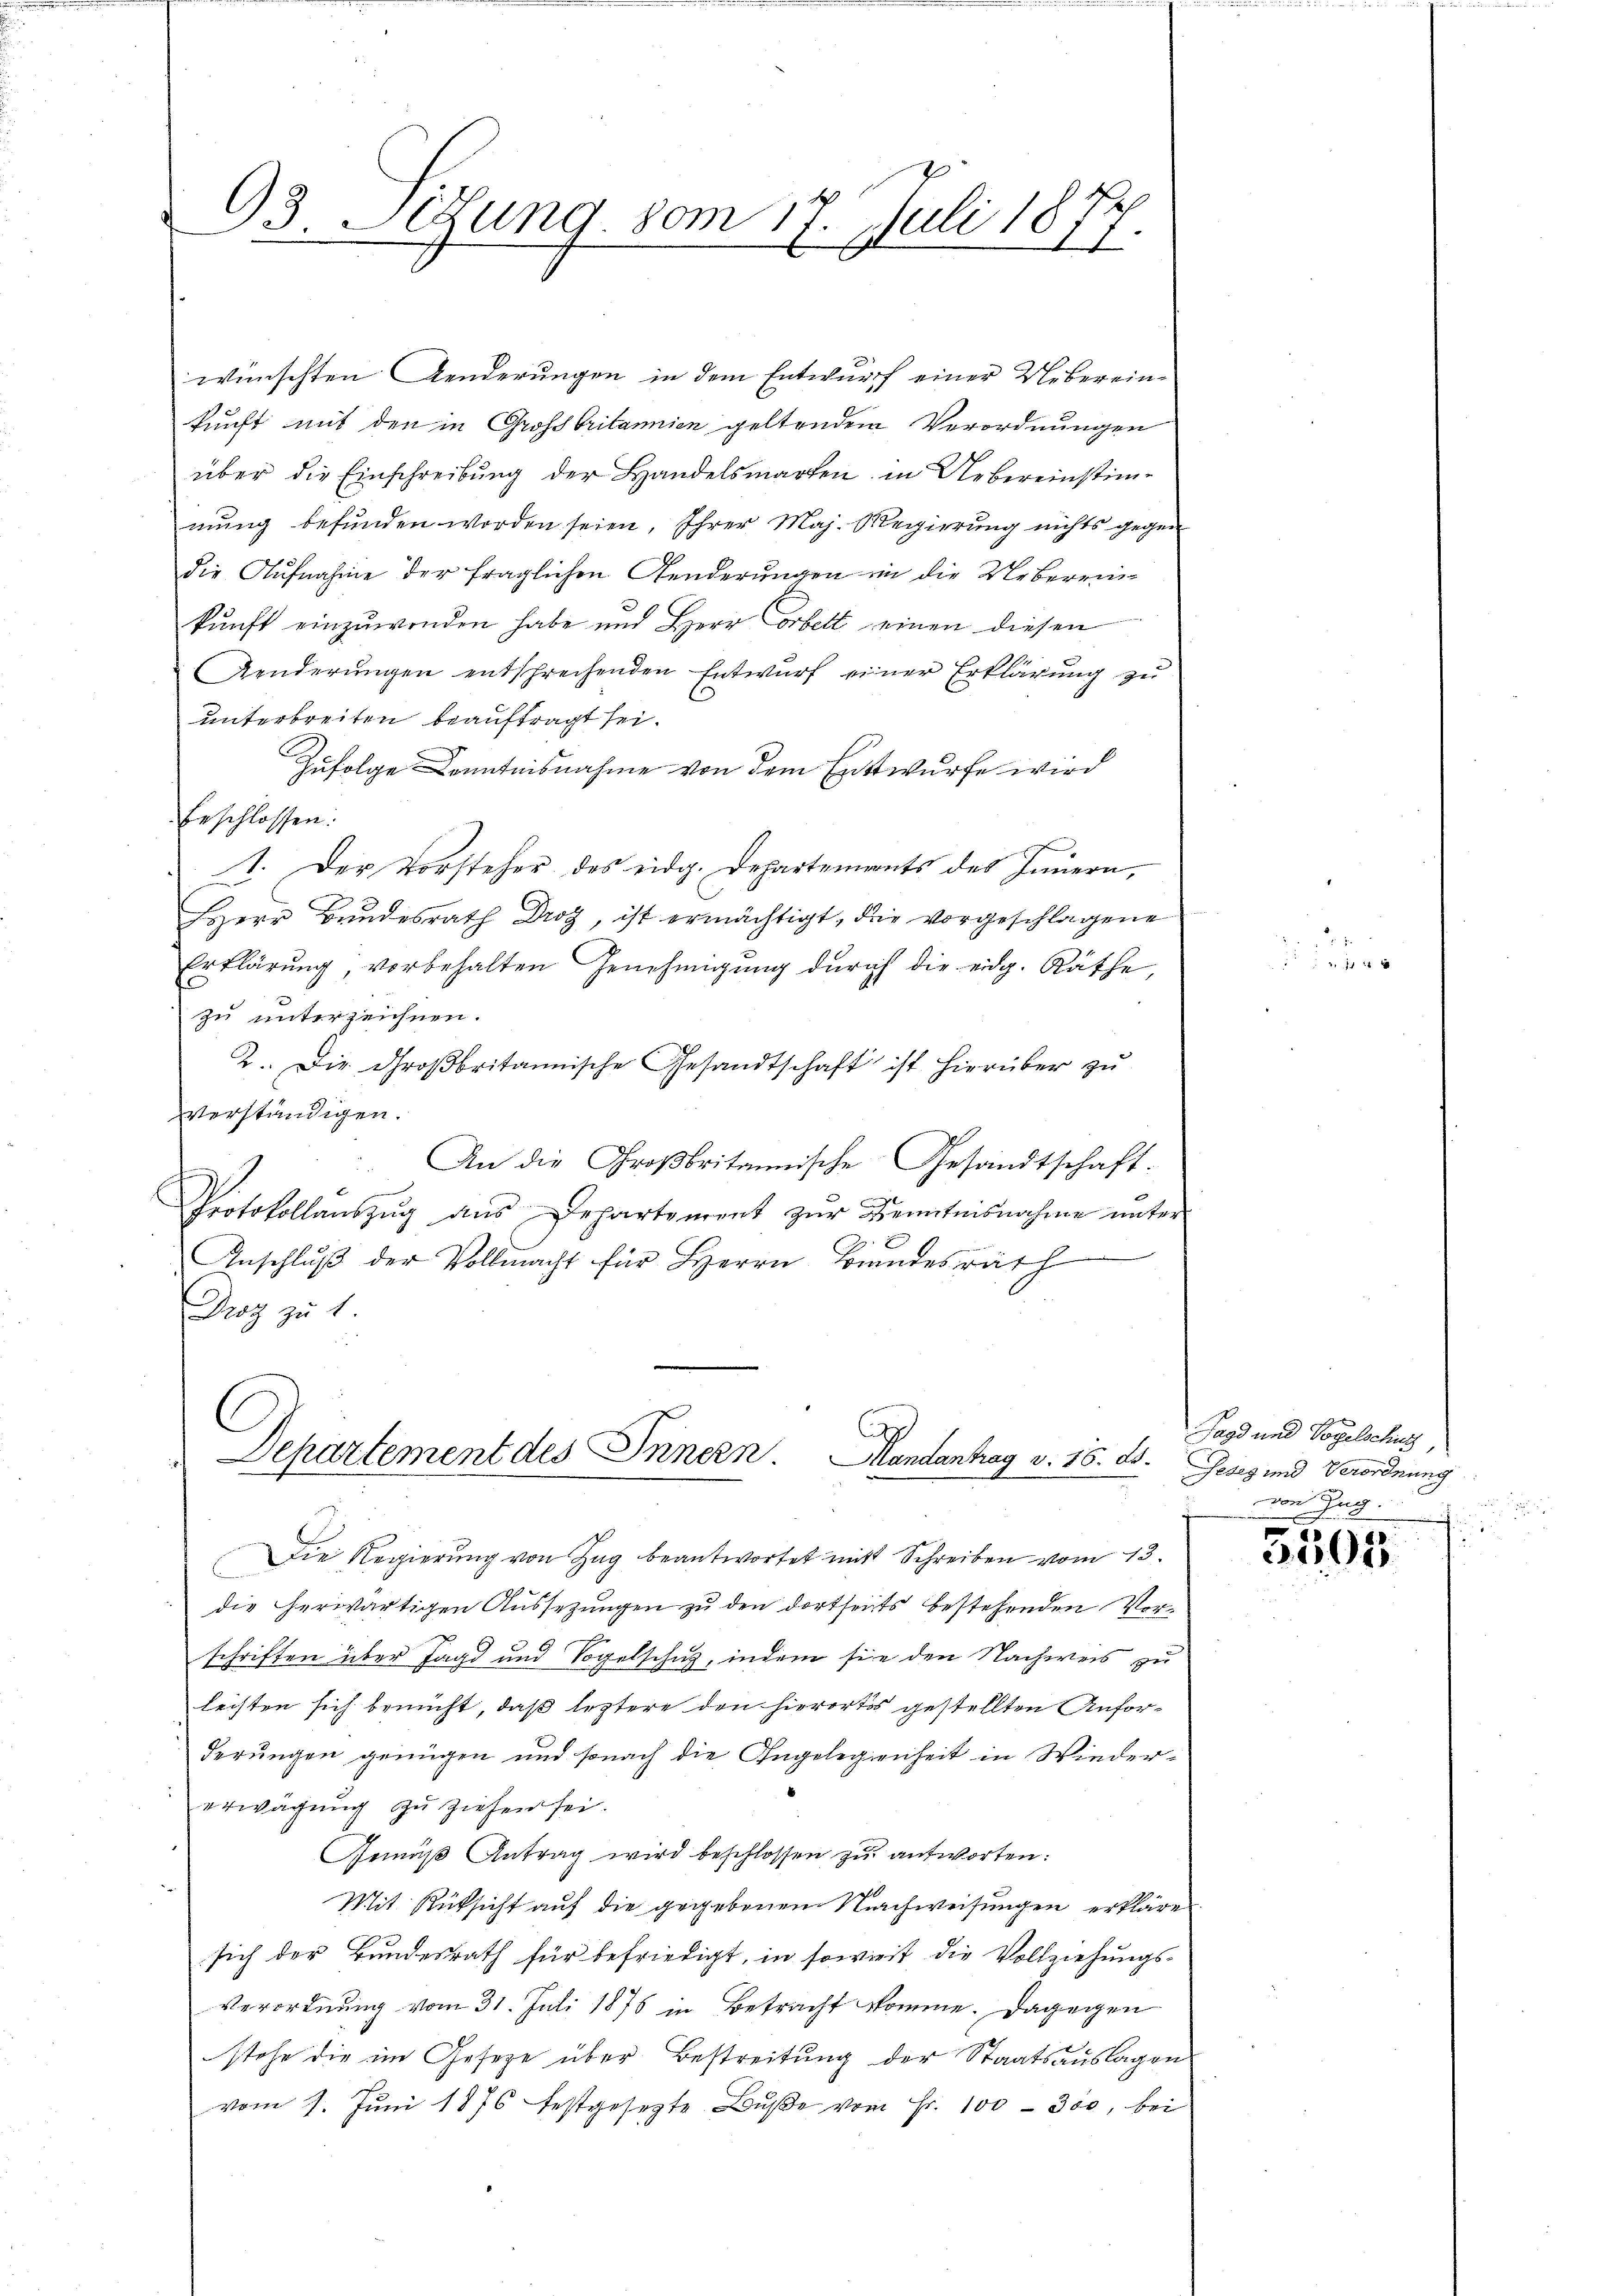
3. Legung vom
17. Juli 1877.

wünschten Aenderungen in dem Entwurf einer Uebereinkunft mit den in Grossbritannien geltenden Verordnungen
über die Einschreibung der Handelsmarken in Uebereinstimmŭng befunden worden seien, Ihrer Maj. Regierung nichts gegen
die Aufnahme der fraglichen Aenderungen in die Ueberein
kunft einzuwenden habe und Herr Arbett einen diesen
Aenderungen entschrechenden Entwurf einer Erklärung zu
unterbreiten beauftragt sei.
Zufolge Kenntnisnahme von dem Entwurfe wird
Erschlossen.
1. Der Vorsteher des eidg. Departements des Innern,
¬
Herr Bundesrath Droz, ist ermächtigt, die vorgeschlagene
Erklärung, vorbehalten Genehmigung durch die eidg. Räthe,
zu unterzeichnen.
2. Die Großbritannische Gesandtschaft ist hierüber zŭ
verständigen.
 An die Großbritannische Gesandtschaft.
.
Protokollauszug aus Departement zŭr Kenntnisnahme unter
Anschlŭβ der Vollmacht für Herrn Brandesrath
Daz zu 1
2

Departement des Innern. Mandantrag v. 16. ds.
¬

Die Regierung von Zug beantwortet mit Schreiben vom 13.
E
die herwärtigen Aussetzungen zu den dortseits bestehenden Vorschriften über Jagd und Vogelschutz, indem sie den Nachweis zu
leisten sich bemüht, daß leztere den hierortis gestellten Anforderungen genügen und sonach die Angelegenheit in Wiedererwägung zu ziehen sei.
Gemäß Antrag wird beschlossen zu antworten:
Mit Rüksicht auf die gegebenen Nachweisungen erkläre
sich der Bundesrath für befriedigt, in sowie die Vollziehungs¬
Verordnung vom 31. Juli 1875 in Betracht komme. Dagegen
stehe die im Geseze über Bestreitung der Staatsauslagen
vom 1. Jŭni 1876 festgesetzte Bŭβe vom Fr. 100 - 300, bei

111 4

x
Jagd und Vogelschung,
Gesez und Verordnung
vo
Zug.

5505